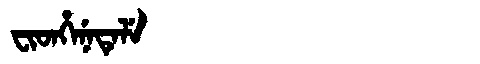
Manchu: ᠸᡳᡨᡥᡝᠨᡝᡨᡝᠯᡝ
Romanization: FITHENETELE